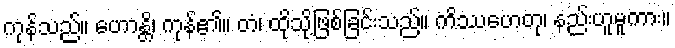
ကုန်သည်။ ဟောန္တိ၊ ကုန်၏။ တံ၊ ထိုသို့ဖြစ်ခြင်းသည်။ ကိဿဟေတု၊ နည်းဟူမူကား။